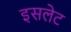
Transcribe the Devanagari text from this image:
इसलेट